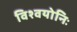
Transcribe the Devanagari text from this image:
विश्वयोनिः